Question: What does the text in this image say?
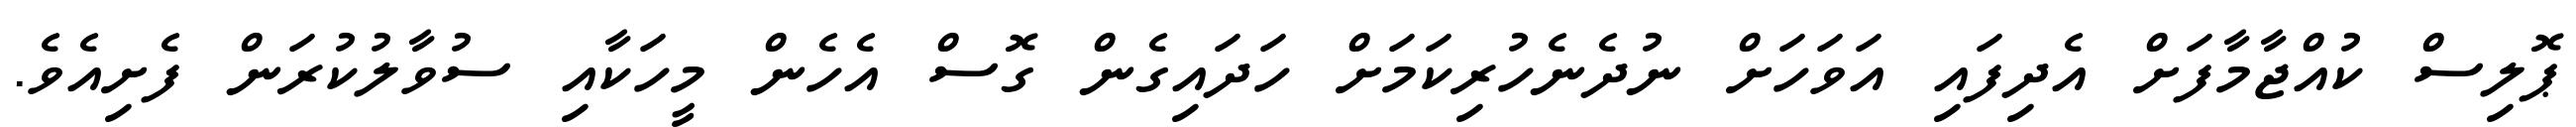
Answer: ޕޮލިސް ކުއްޖާމާފަށް އެދިފައި އަވަހަށް ނުދެނެހުރިކަމަށް ހަދައިގެން ގޮސް އެހެން މީހަކާއި ސުވާލުކުރަން ފެށިއެވެ.